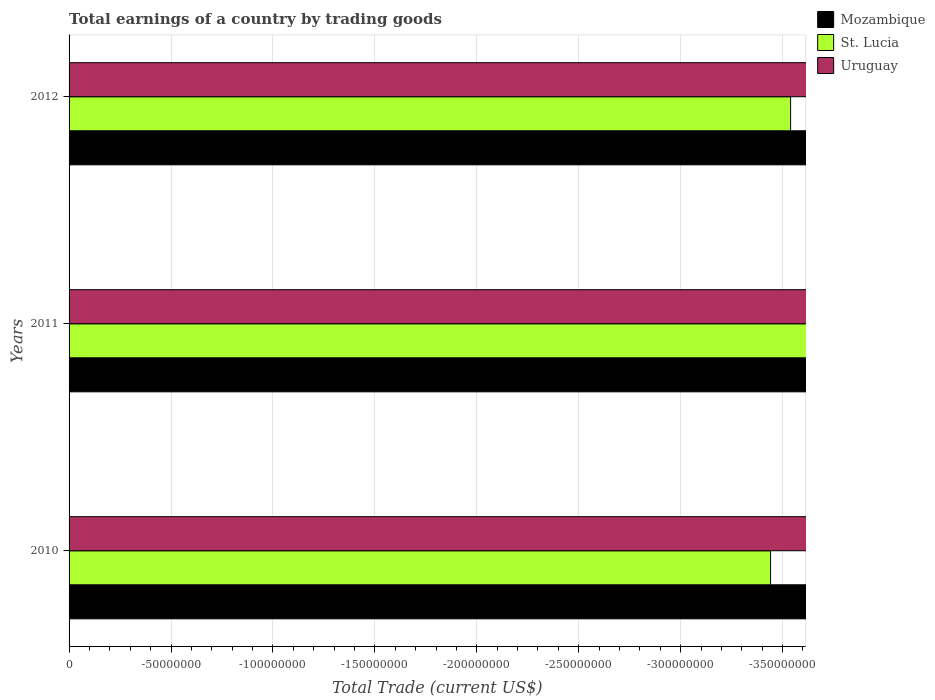
| Years | Mozambique | St. Lucia | Uruguay |
 | --- | --- | --- | --- |
 | 2010 | -1.18e+09 | -3.44e+08 | -5.27e+08 |
 | 2011 | -2.25e+09 | -4.21e+08 | -1.43e+09 |
 | 2012 | -4.05e+09 | -3.54e+08 | -2.36e+09 |